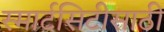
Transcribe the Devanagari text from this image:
स्मार्टसिटीसाठी